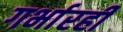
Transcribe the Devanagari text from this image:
गर्भारही